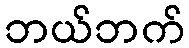
ဘယ်ဘက်